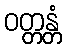
ဝတ္တန္တံ